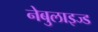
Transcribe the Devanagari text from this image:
नेबुलाइज्ड